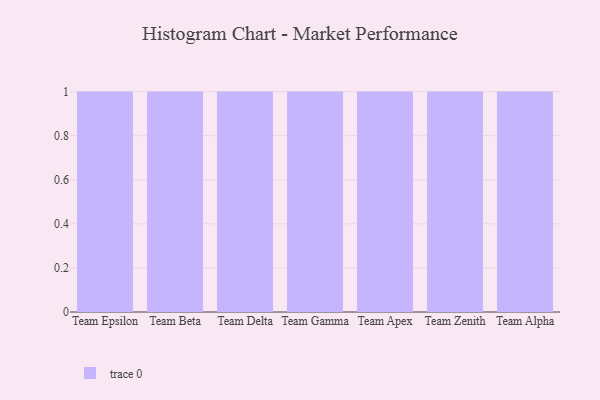
{"axis": {"x": "Team", "y": "Headcount"}, "legend": [""], "data": [{"x": "Team Epsilon", "y": 31, "type": ""}, {"x": "Team Beta", "y": 24, "type": ""}, {"x": "Team Delta", "y": 59, "type": ""}, {"x": "Team Gamma", "y": 70, "type": ""}, {"x": "Team Apex", "y": 45, "type": ""}, {"x": "Team Zenith", "y": 66, "type": ""}, {"x": "Team Alpha", "y": 1, "type": ""}]}